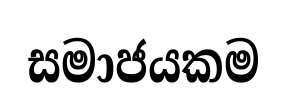
සමාජයකම